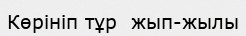
Көрініп тұр  жып-жылы